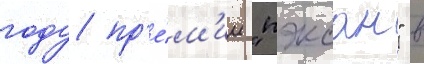
году пр'е́м'ии "пэксан" в